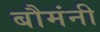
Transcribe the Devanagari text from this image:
बौमंनी